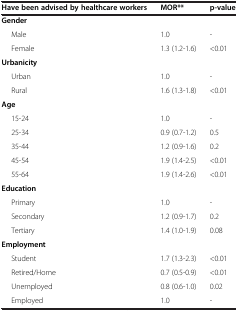
<table><thead><tr><td><b>Have been advised by healthcare workers</b></td><td><b>MOR**</b></td><td><b>p-value</b></td></tr></thead><tbody><tr><td><b>Gender</b></td><td> </td><td> </td></tr><tr><td>Male</td><td>1.0</td><td>-</td></tr><tr><td>Female</td><td>1.3 (1.2-1.6)</td><td>&lt;0.01</td></tr><tr><td><b>Urbanicity</b></td><td> </td><td> </td></tr><tr><td>Urban</td><td>1.0</td><td>-</td></tr><tr><td>Rural</td><td>1.6 (1.3-1.8)</td><td>&lt;0.01</td></tr><tr><td><b>Age</b></td><td> </td><td> </td></tr><tr><td>15-24</td><td>1.0</td><td>-</td></tr><tr><td>25-34</td><td>0.9 (0.7-1.2)</td><td>0.5</td></tr><tr><td>35-44</td><td>1.2 (0.9-1.6)</td><td>0.2</td></tr><tr><td>45-54</td><td>1.9 (1.4-2.5)</td><td>&lt;0.01</td></tr><tr><td>55-64</td><td>1.9 (1.4-2.6)</td><td>&lt;0.01</td></tr><tr><td><b>Education</b></td><td> </td><td> </td></tr><tr><td>Primary</td><td>1.0</td><td>-</td></tr><tr><td>Secondary</td><td>1.2 (0.9-1.7)</td><td>0.2</td></tr><tr><td>Tertiary</td><td>1.4 (1.0-1.9)</td><td>0.08</td></tr><tr><td><b>Employment</b></td><td> </td><td> </td></tr><tr><td>Student</td><td>1.7 (1.3-2.3)</td><td>&lt;0.01</td></tr><tr><td>Retired/Home</td><td>0.7 (0.5-0.9)</td><td>&lt;0.01</td></tr><tr><td>Unemployed</td><td>0.8 (0.6-1.0)</td><td>0.02</td></tr><tr><td>Employed</td><td>1.0</td><td>-</td></tr></tbody></table>